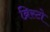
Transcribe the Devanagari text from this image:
ब्रिस्टो